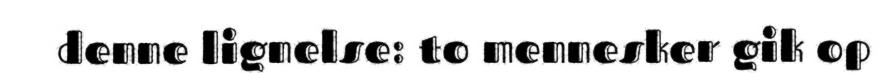
denne lignelse: to mennesker gik op